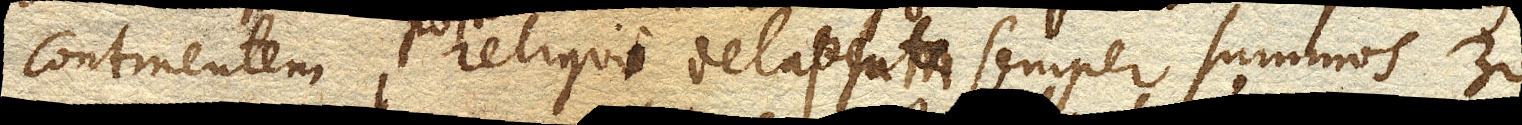
continentem, post reliqui delapsum semper summos 30